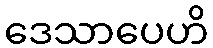
ဒေသာပေဟိ